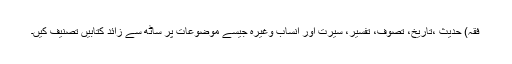
فقہ) حدیث ،تاریخ، تصوف، تفسیر، سیرت اور انساب وغیرہ جیسے موضوعات پر ساٹھ سے زائد کتابیں تصنیف کیں۔